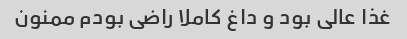
غذا عالی بود و داغ کاملا راضی بودم ممنون